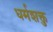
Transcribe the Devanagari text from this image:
धर्मशक्तु